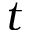
t